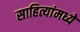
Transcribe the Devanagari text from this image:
साहित्यांमध्ये